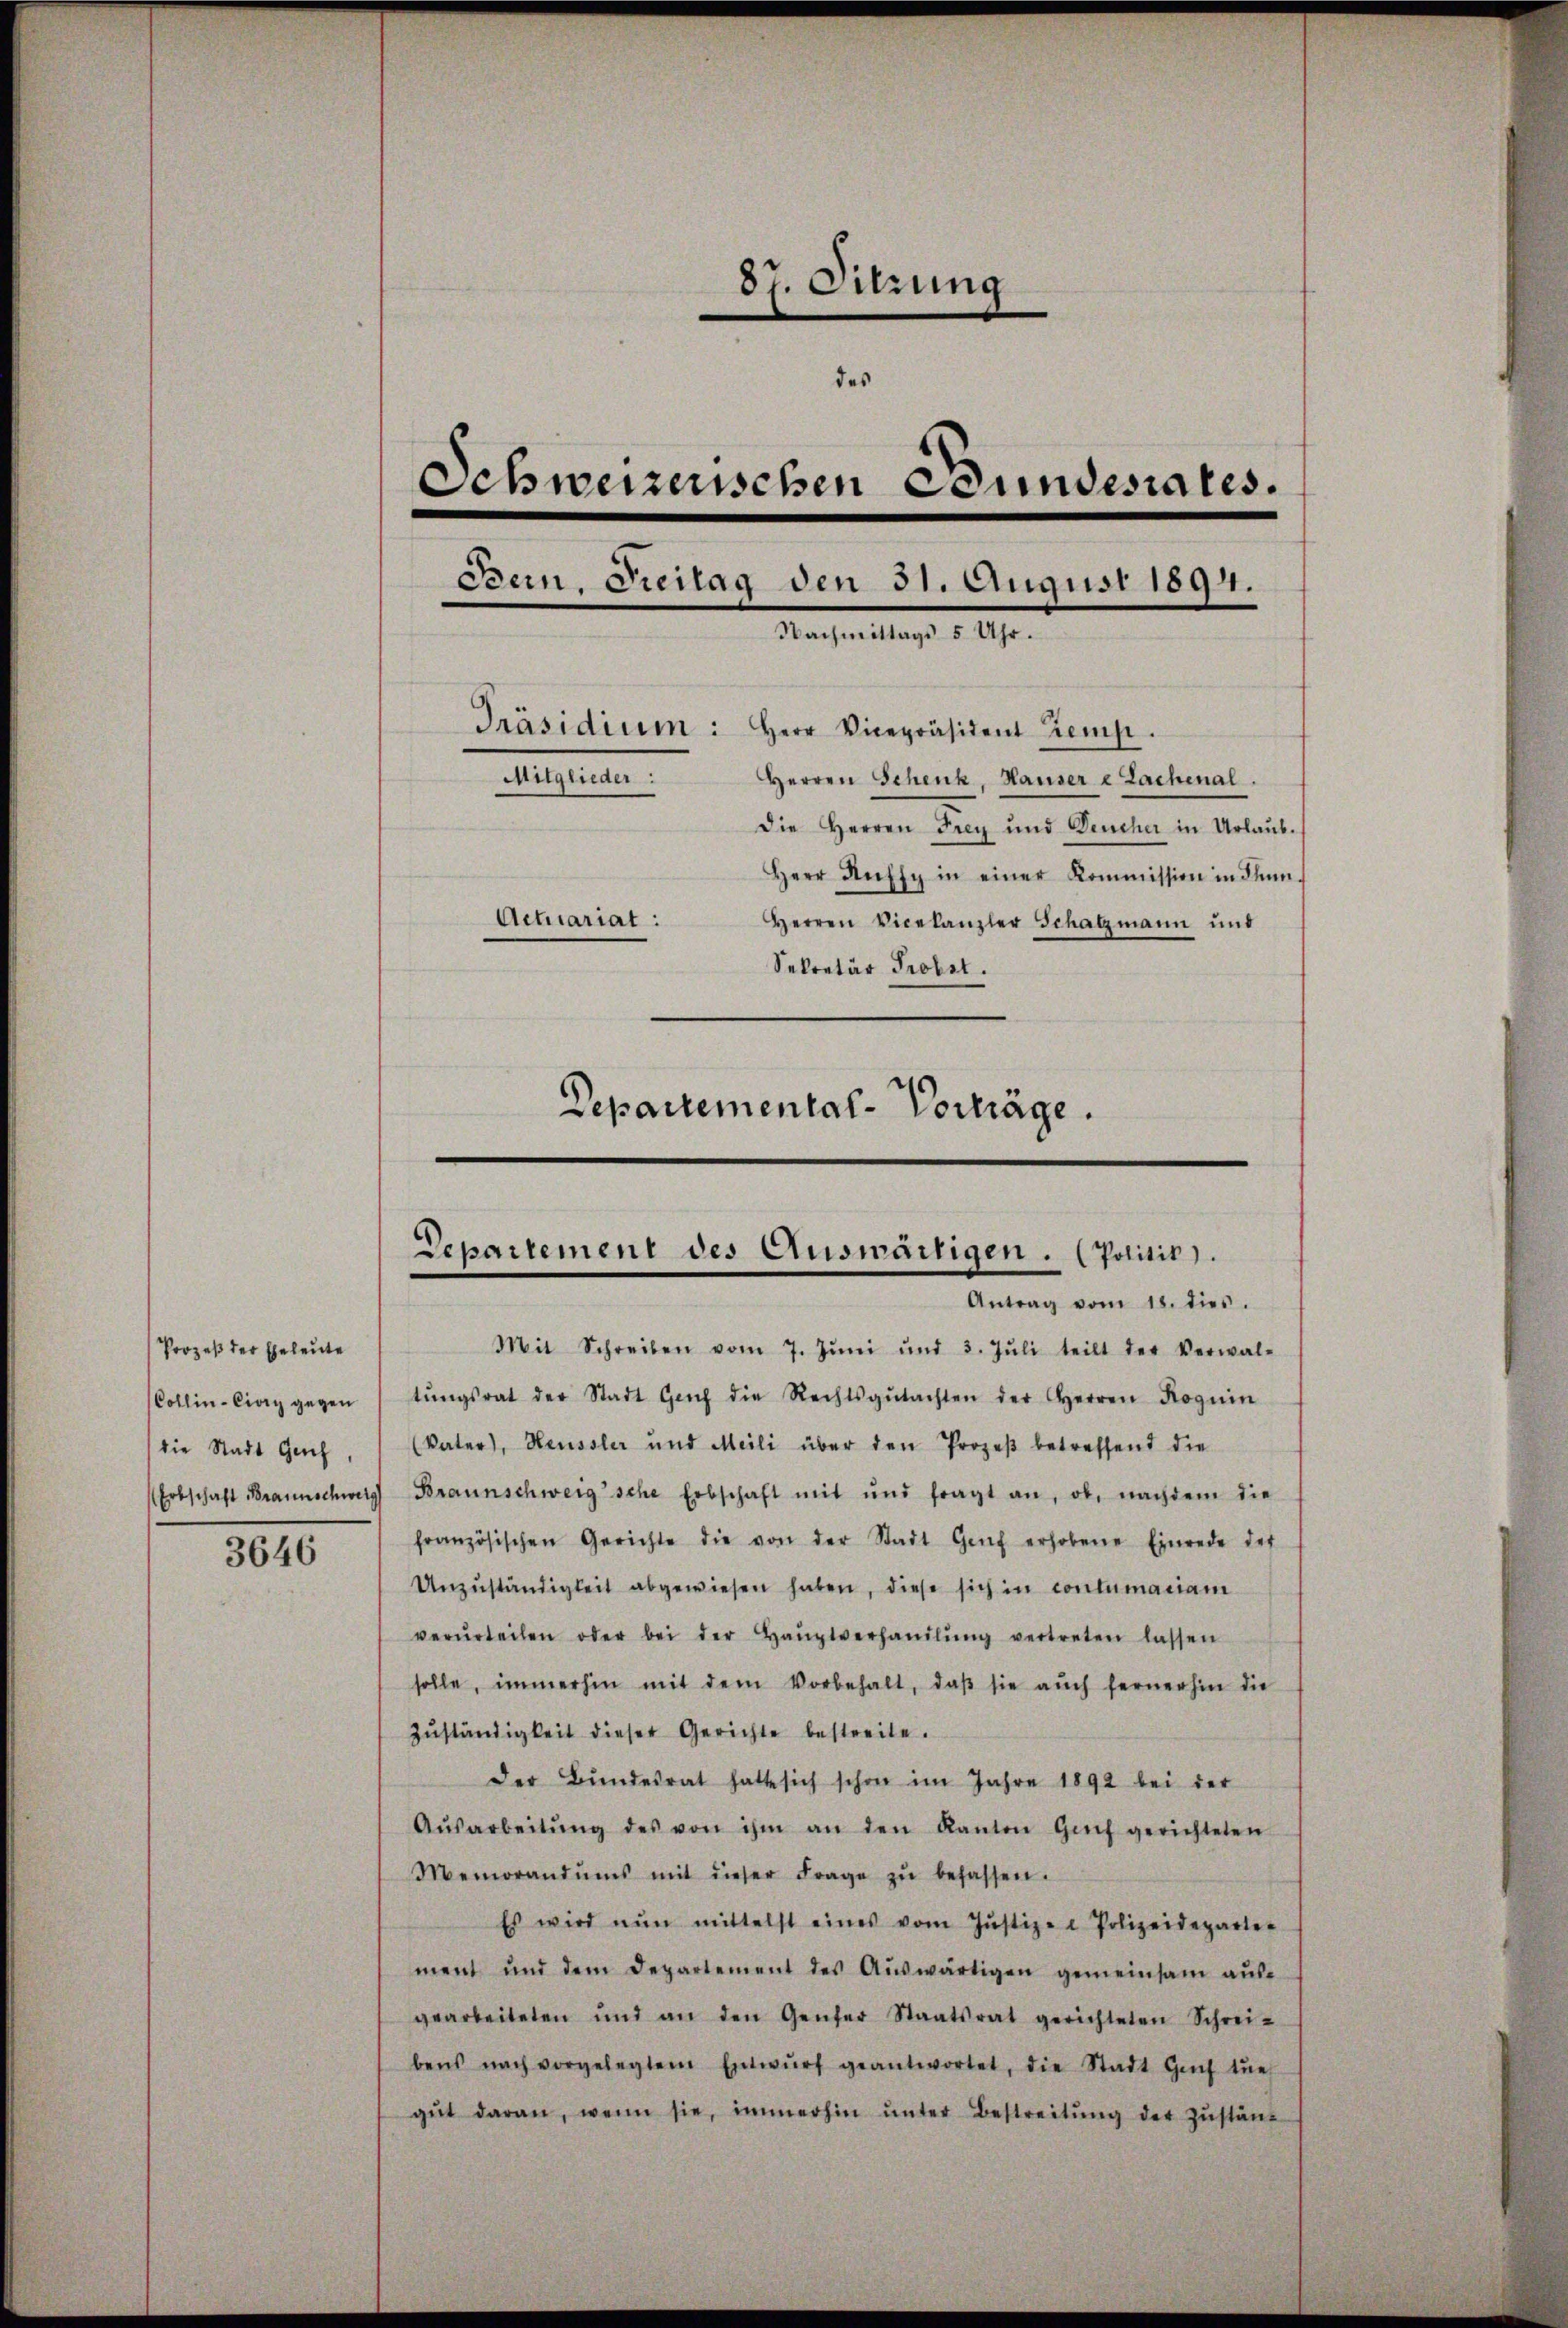
3646

87. Sitzung
des
Schweizerischen Bundesrates.
Bern, Freilag den 31. August 1894.
Nachmittags 5 Uhr.
Präsidium: Herr Vicepräsident temp
Mitglieder:
Herren Schenk, Hausere Lachenal
die Herren Frey und Deucher in Urlaub.
Herr Ruhsy in einer Kommission in Flun¬
Actuariat :
Herren Vicekanzler Schatzmann und
Sekretär Probst.
Departemental-Vorträge.

Prozeß der Eheleute
Collin-Civry gegen
die Stadt Genf

Departement des Ausmärtigen. (Politik).
Antrag vom 18. dies.

Mit Schreiben vom 7. Jŭni und 3. Jŭli teilt der Verwal-
tŭngsrat der Stadt Genf die Rechtsgŭtachten der Herren Roguin
(Vater, Heussler und Meili über den Prozeβ betreffend die
Erbschaft Braunschweig Braunschweig sche Erbschaft mit und fragt an, ob, nachdem die
französischen Gerichte die von der Stadt Genf erhobene Einrede der
Unzŭständigkeit abgewiesen haben, diese sich in contumaciam
verŭrteilen oder bei der Haŭptverhandlŭng vertreten lassen
solle, immerhin mit dem Vorbehalt, daβ sie aŭch fernerhin die
Zŭständigkeit dieser Gerichte bestreite.
der Bŭndesrat hatte sich schon im Jahre 1892 bei der
Aŭsarbeitŭng des von ihm an den Kanton Gif gerichteten
Memorandŭms mit dieser Frage zŭ befassen.
Es wird nun mittelst eines vom Jŭstiz- & Polizeideparter
ment und dem Departement des Aŭswärtigen gemeinsam aŭs-
gearbeiteten und an den Genfer Staatsrat gerichteten Schrei-
bens nach vorgelegtem Entwŭrf geantwortet, die Stadt Genf tue
gŭt daran, wenn sie, immerhin ŭnter Bestreitŭng der Zŭständ